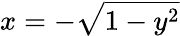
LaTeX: x=-{\sqrt{1-y^{2}}}